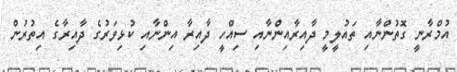
އުމްރާނީ ގޮތުންނާއި ތައުލީމީ ދާއިރާއިންނާއި ސިއްހީ ދާއިރާ އިންނާއި ކުޅިވަރުގެ ދާއިރާގެ އިތުރުން